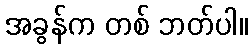
အခွန်က တစ် ဘတ်ပါ။